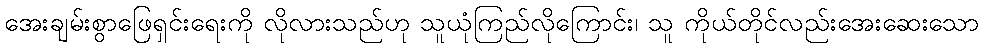
အေးချမ်းစွာဖြေရှင်းရေးကို လိုလားသည်ဟု သူယုံကြည်လိုကြောင်း၊ သူ ကိုယ်တိုင်လည်းအေးဆေးသော